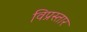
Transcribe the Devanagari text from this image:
विप्रस्तार